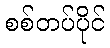
စစ်တပ်ပိုင်